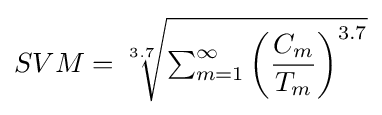
SVM={\sqrt[{3.7}]{\textstyle \sum _{m=1}^{\infty }\displaystyle \left({\frac {C_{m}}{T_{m}}}\right)^{3.7}}}